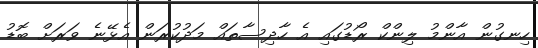
ހިނގުން އާންމު ލިންކް ރޯޑުގައި އެ ހާދިސާތައް މަދުކުރަން އެޅޭނެ ވަރަށް ބޮޑު